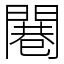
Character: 闀